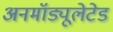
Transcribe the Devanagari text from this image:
अनमॉड्यूलेटेड